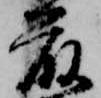
藤